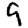
Digit: 9